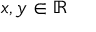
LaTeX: x , y \in \mathbb { R }